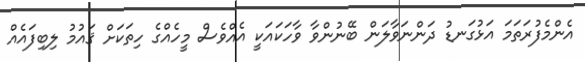
އެންމެފުރަތަމަ އަޅުގަނޑު ދަންނަވާލަން ބޭނުންވާ ވާހަކައަކީ އެއްވެސް މީހެއްގެ ހިތަކަށް ޤައުމު ލިބިފައެއް